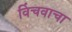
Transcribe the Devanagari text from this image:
विंचवाचा